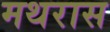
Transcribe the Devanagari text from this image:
मथरास